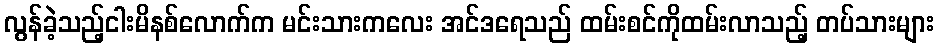
လွန်ခဲ့သည့်ငါးမိနစ်လောက်က မင်းသားကလေး အင်ဒရေသည် ထမ်းစင်ကိုထမ်းလာသည့် တပ်သားများ